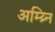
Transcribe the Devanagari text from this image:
अम्य्र्नि